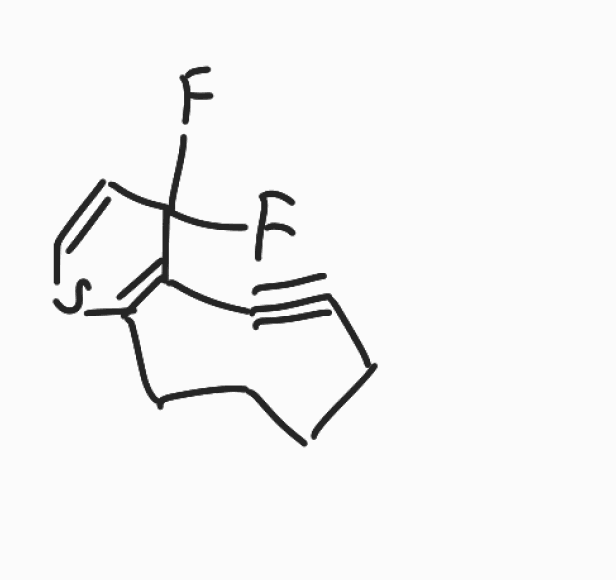
Simplified molecular-input line-entry system (SMILES) notation of the given molecule:
C1CCC2=C(C#CC1)C(C=CS2)(F)F